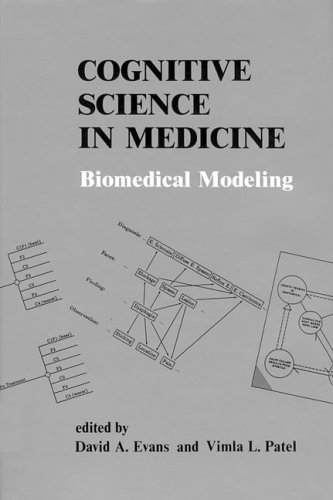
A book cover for Cognitive Science in Medicine: Biomedical Modeling; Health, Fitness & Dieting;